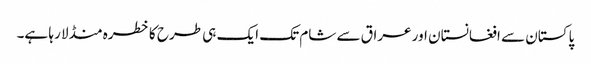
پاکستان سے افغانستان اور عراق سے شام تک ایک ہی طرح کا خطرہ منڈلا رہا ہے۔